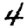
Digit: 4